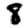
Digit: 8